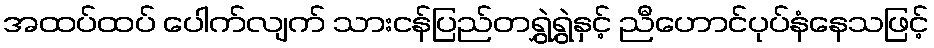
အထပ်ထပ် ပေါက်လျက် သားငန်ပြည်တရွှဲရွှဲနှင့် ညီဟောင်ပုပ်နံနေသဖြင့်